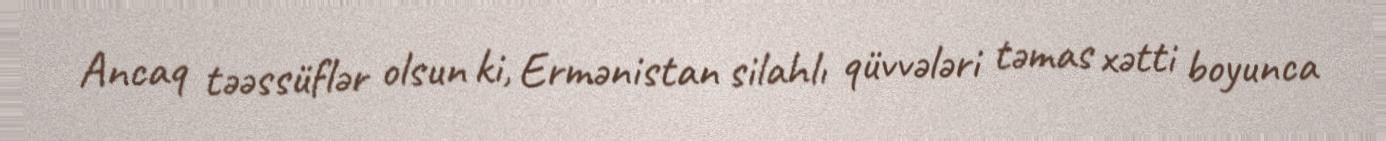
Ancaq təəssüflər olsun ki, Ermənistan silahlı qüvvələri təmas xətti boyunca